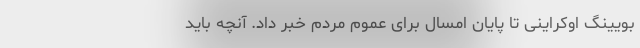
بویینگ اوکراینی تا پایان امسال برای عموم مردم خبر داد. آنچه باید